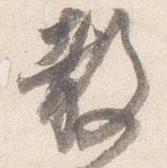
教